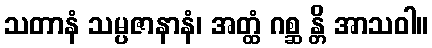
သတာနံ သမ္ပဇာနာနံ၊ အတ္ထံ ဂစ္ဆ န္တိ အာသဝါ။